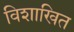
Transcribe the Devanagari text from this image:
विशाखित